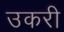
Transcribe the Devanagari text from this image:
उकरी